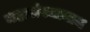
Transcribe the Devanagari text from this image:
महासंस्थानाम